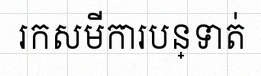
រកសមីការបន្ទាត់